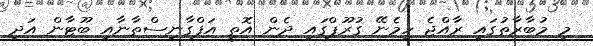
މި މުބާރާތުގައި ރާއްޖެ ހިމެނޭ ގުރޫޕްގައި ދެން އޮތީ އަފްގާނިސްތާނާއި ބޫޓާން އަދި